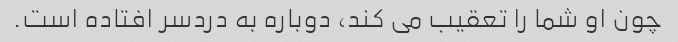
چون او شما را تعقیب می کند، دوباره به دردسر افتاده است.